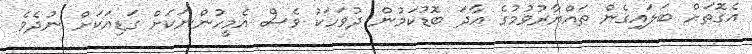
އެގޮތަށް ބަލައިގެން ތައްޔާރުވުމުގެ އާދަ ބޮޑުކަމުން ދުވަހަކު ވެސް އެމީހުންނަކަށް ގަޑިއަކަށް ނުދެވެ